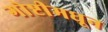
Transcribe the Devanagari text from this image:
गोष्टीमधून